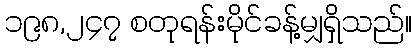
၁၉၈,၂၄၇ စတုရန်းမိုင်ခန့်မျှရှိသည်။